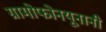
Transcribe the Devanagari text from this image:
ग्रामोफोनयूनानी